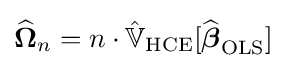
{\widehat {\mathbf {\Omega } }}_{n}=n\cdot {\hat {\mathbb {V} }}_{\text{HCE}}[{\widehat {\boldsymbol {\beta }}}_{\text{OLS}}]